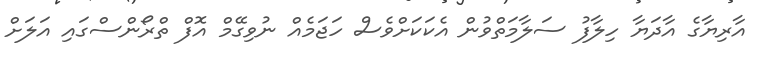
އާރިޔާގެ އާދަޔާ ހިލާފު ސަލާމަތްވުން އެކަކަށްވެސް ހަޖަމެއް ނުވިގޭމް އޮފް ތްރޯންސްގައި އަލަށް